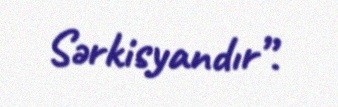
Sərkisyandır”.